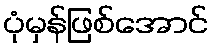
ပုံမှန်ဖြစ်အောင်